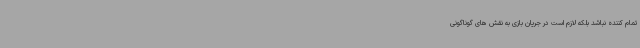
تمام کننده نباشد بلکه لازم است در جریان بازی به نقش های گوناگونی